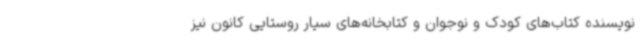
نویسنده کتاب‌های کودک و نوجوان و کتابخانه‌های سیار روستایی کانون نیز